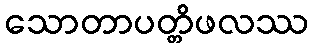
သောတာပတ္တိဖလဿ